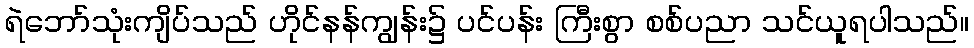
ရဲဘော်သုံးကျိပ်သည် ဟိုင်နန်ကျွန်း၌ ပင်ပန်း ကြီးစွာ စစ်ပညာ သင်ယူရပါသည်။